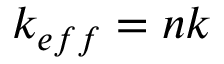
k _ { e f f } = n k